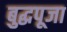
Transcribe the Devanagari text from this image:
बुद्धपूजा